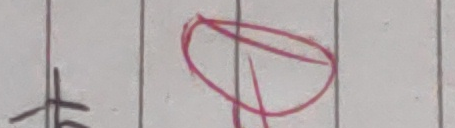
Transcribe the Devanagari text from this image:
रु